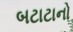
બટાટાનો